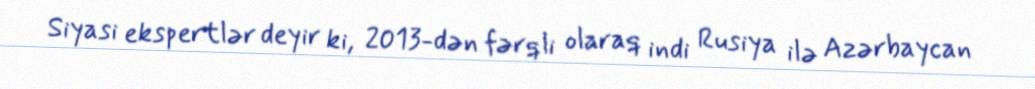
Siyasi ekspertlər deyir ki, 2013-dən fərqli olaraq indi Rusiya ilə Azərbaycan